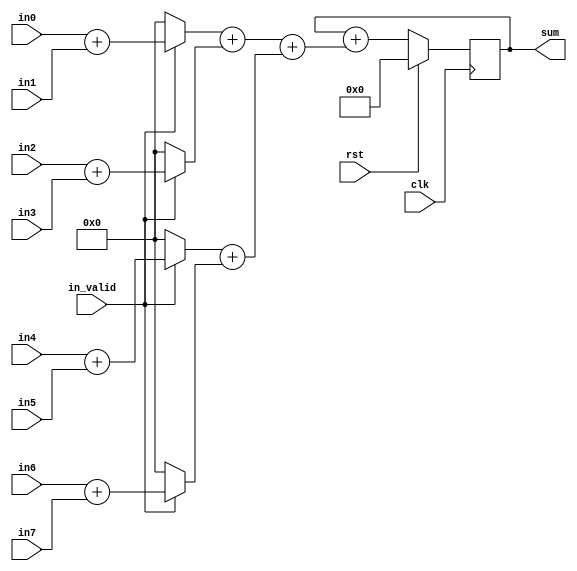
`timescale 1ns / 1ps
//////////////////////////////////////////////////////////////////////////////////
// Company: 
// Engineer: 
// 
// Design Name: 
// Module Name:    adder_module 
// Project Name: 
// Target Devices: 
// Tool versions: 
// Description: 
//
// Dependencies: 
//
// Revision: 
// Revision 0.01 - File Created
// Additional Comments: 
//
//////////////////////////////////////////////////////////////////////////////////
module adder_tree(
    //input ports
    clk,
    rst,
    in_valid,
    in0,
    in1,
    in2,
    in3,
    in4,
    in5,
    in6,
    in7,
	 //output ports
    sum
    );
	 
	 input clk, rst;
	 input in_valid;
	 input[7:0] in0, in1, in2, in3, in4, in5, in6, in7;
	 output reg[31:0] sum;
	 
	 wire[8:0] adder1_1, adder1_2, adder1_3, adder1_4;
	 wire[9:0] adder2_1, adder2_2;
	 wire[10:0] adder3;
	 
	 assign adder1_1 = in_valid ? (in0 + in1) : 0;
	 assign adder1_2 = in_valid ? (in2 + in3) : 0;
	 assign adder1_3 = in_valid ? (in4 + in5) : 0;
	 assign adder1_4 = in_valid ? (in6 + in7) : 0;
	 
	 assign adder2_1 = adder1_1 + adder1_2;
	 assign adder2_2 = adder1_3 + adder1_4;
	  
	 assign adder3 = adder2_1 + adder2_2;
	 
    always @(posedge clk) begin
        if (rst) sum <= 0;
        else sum <= sum + adder3;
    end

endmodule